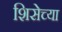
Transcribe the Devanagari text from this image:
शिसेच्या